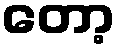
တော့